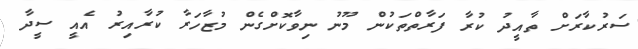
ސަރުކާރަށް ތާއީދު ކުރާ ފަރާތްތަކުން މޫނު ނިވާކޮށްގެން މުޒާހަރާ ކުރާއިރު އެއީ ސީދާ